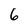
Character: 6